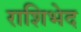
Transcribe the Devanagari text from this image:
राशिभेद